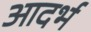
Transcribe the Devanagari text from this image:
आदर्भ